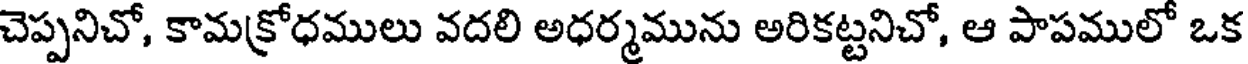
చెప్పనిచో, కామక్రోధములు వదలి అధర్మమును అరికట్టనిచో, ఆ పాపములో ఒక